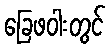
ခြေဖဝါးတွင်